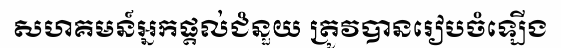
សហគមន៍អ្នកផ្តល់ជំនួយ ត្រូវបានរៀបចំឡើង